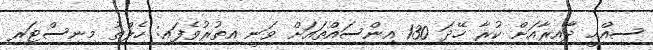
ސިއްޙީ ދާއިރާއަށް ކުރާ ހޭދަ 130 އިންސައްތައަށް ވަނީ އިތުރުވެފައި: ހެލްތު މިނިސްޓަރ